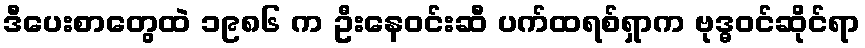
ဒီပေးစာတွေထဲ ၁၉၈၆ က ဦးနေဝင်းဆီ ပက်ထရစ်ရှာက ဗုဒ္ဓဝင်ဆိုင်ရာ